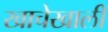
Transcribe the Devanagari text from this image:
खाचेखाली